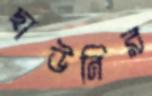
ছাউনির